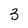
Character: 3